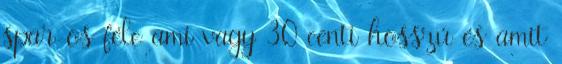
spar-os féle ami vagy 30 centi hosszú és amit